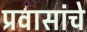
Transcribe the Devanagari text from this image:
प्रवासांचे